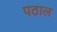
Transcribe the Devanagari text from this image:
पठाल